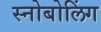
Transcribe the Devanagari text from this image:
स्नोबोलिंग